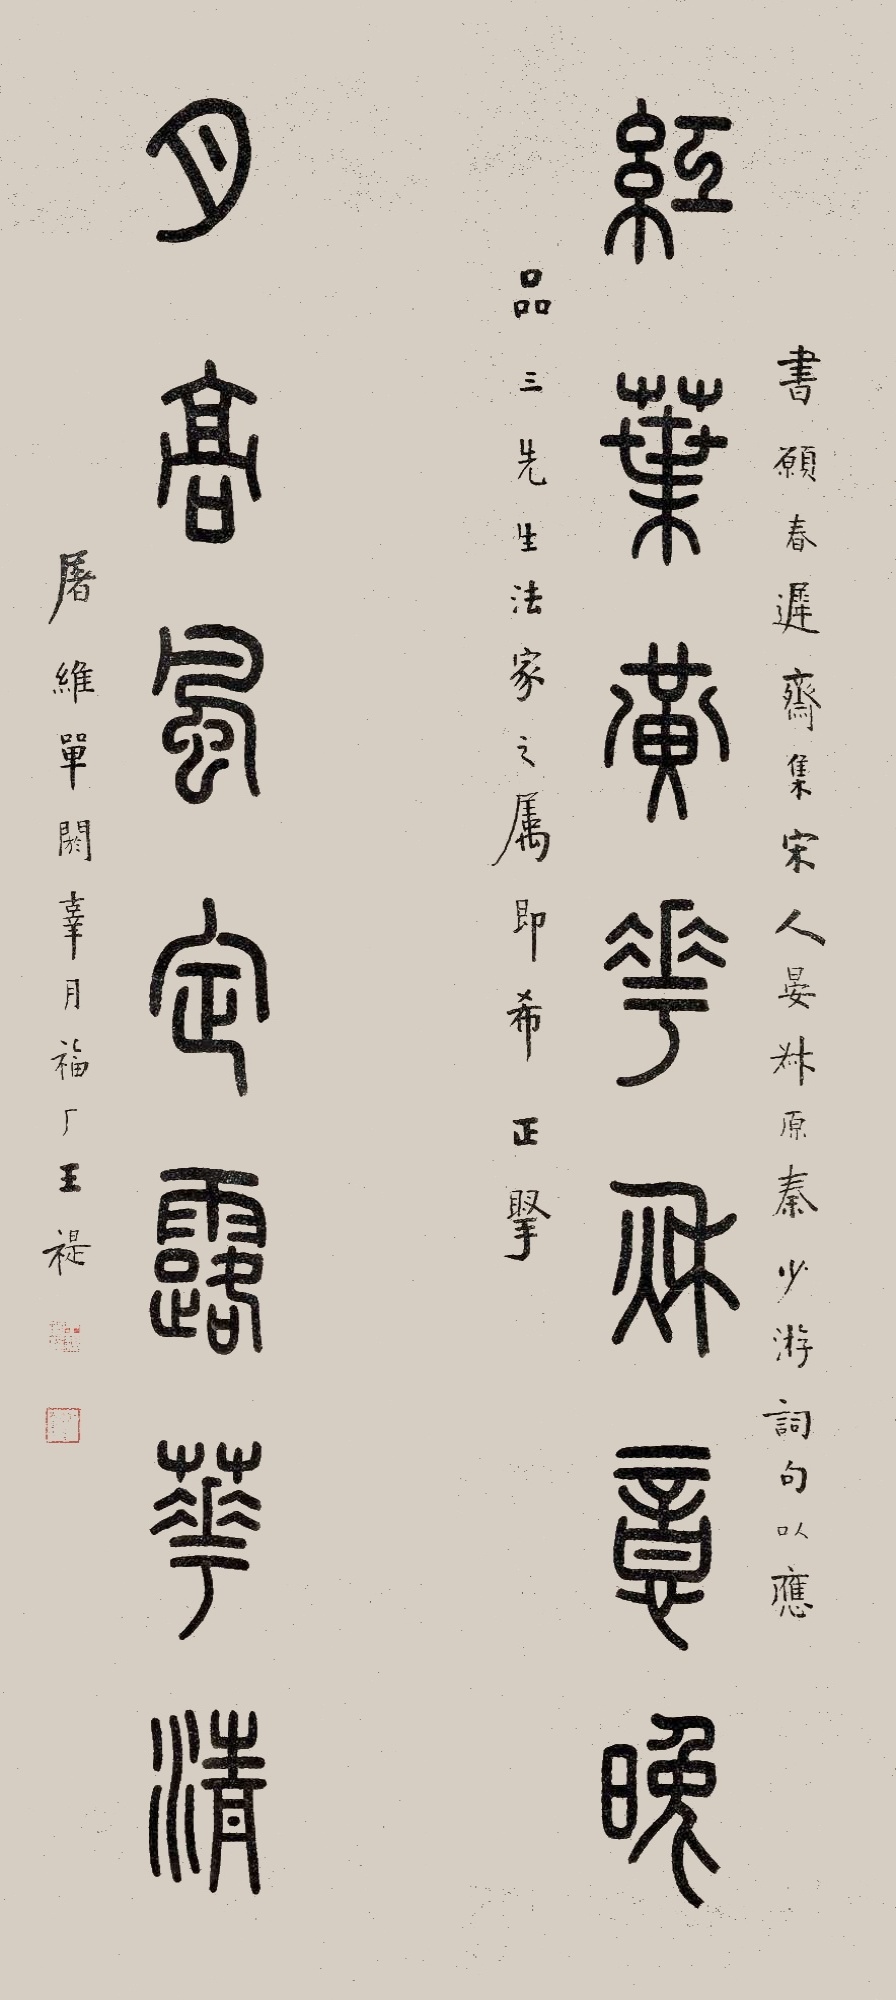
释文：红叶黄花秋意晚，月高风定露华清。书愿春迟斋集宋人晏叔原、秦少游词句以应品三先生法家之属，即希正掔。屠维单阏辜月福厂王禔。